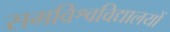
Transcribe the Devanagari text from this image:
समविश्वविद्यालयों